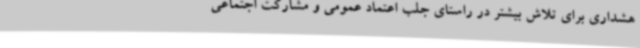
هشداری برای تلاش بیشتر در راستای جلب اعتماد عمومی و مشارکت اجتماعی